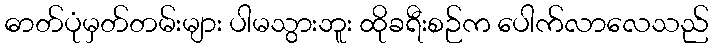
ဓာတ်ပုံမှတ်တမ်းများ ပါမသွားဘူး ထိုခရီးစဉ်က ပေါက်လာလေသည်